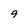
Character: 9